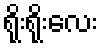
ရိုးရိုးလေး